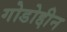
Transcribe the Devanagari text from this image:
गोडोद्दीन